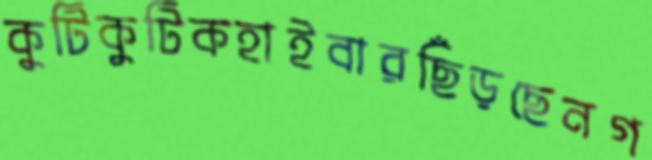
কুটিকুটিকহাইবারছিঁড়ছেনগ